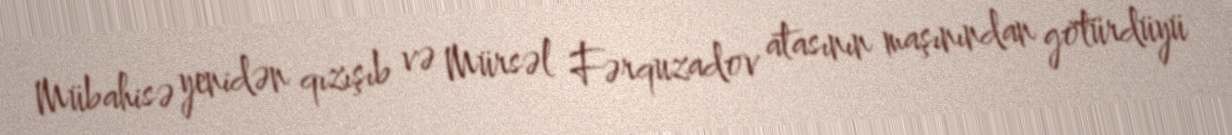
Mübahisə yenidən qızışıb və Mürsəl Fərquzadov atasının maşınından götürdüyü